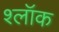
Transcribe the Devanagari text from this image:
श्लॉक